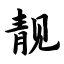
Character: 靓